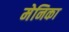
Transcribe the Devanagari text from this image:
मेनिका